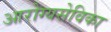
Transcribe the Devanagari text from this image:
आरोग्यसेविका